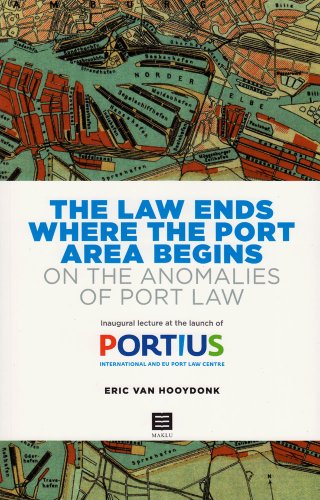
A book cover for The Law Ends Where the Port Area Begins: On the Anomalies of Port Law: Inaugural Lecture at the Launch of Portius - International and EU Port Law Centre; Eric Van Hooydonk; Law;